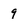
Character: 9